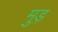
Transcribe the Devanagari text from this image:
मुड़़